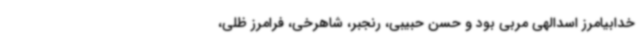
خدابیامرز اسدالهی مربی بود و حسن حبیبی، رنجبر، شاهرخی، فرامرز ظلی،